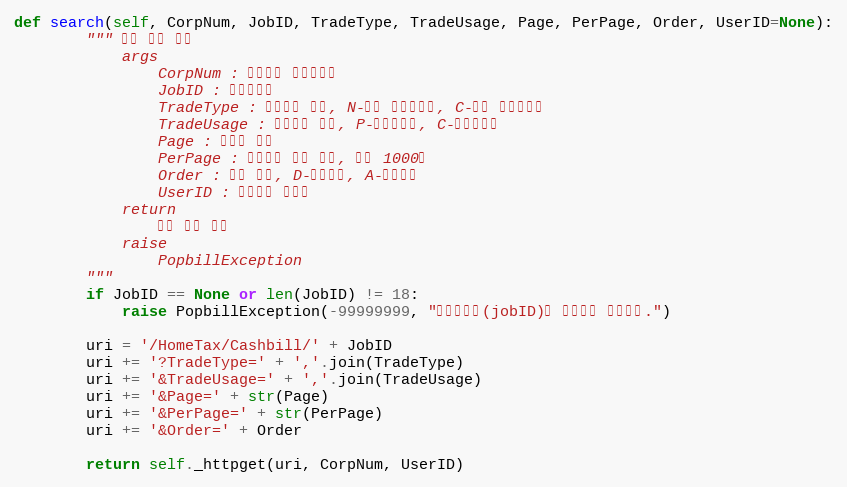
Language: Python
def search(self, CorpNum, JobID, TradeType, TradeUsage, Page, PerPage, Order, UserID=None):
        """ 수집 결과 조회
            args
                CorpNum : 팝빌회원 사업자번호
                JobID : 작업아이디
                TradeType : 문서형태 배열, N-일반 현금영수증, C-취소 현금영수증
                TradeUsage : 거래구분 배열, P-소등공제용, C-지출증빙용
                Page : 페이지 번호
                PerPage : 페이지당 목록 개수, 최대 1000개
                Order : 정렬 방향, D-내림차순, A-오름차순
                UserID : 팝빌회원 아이디
            return
                수집 결과 정보
            raise
                PopbillException
        """
        if JobID == None or len(JobID) != 18:
            raise PopbillException(-99999999, "작업아이디(jobID)가 올바르지 않습니다.")

        uri = '/HomeTax/Cashbill/' + JobID
        uri += '?TradeType=' + ','.join(TradeType)
        uri += '&TradeUsage=' + ','.join(TradeUsage)
        uri += '&Page=' + str(Page)
        uri += '&PerPage=' + str(PerPage)
        uri += '&Order=' + Order

        return self._httpget(uri, CorpNum, UserID)